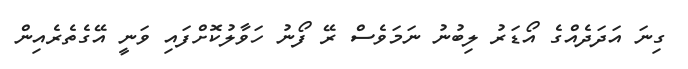
ގިނަ އަދަދެއްގެ އޯޑަރު ލިބުނު ނަމަވެސް ރޭ ފޯނު ހަވާލުކޮށްފައި ވަނީ އޭގެތެރެއިން